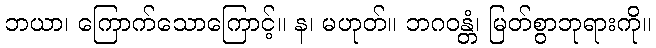
ဘယာ၊ ကြောက်သောကြောင့်။ န၊ မဟုတ်။ ဘဂဝန္တံ၊ မြတ်စွာဘုရားကို။